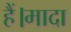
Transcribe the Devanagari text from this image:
हैं।मादा